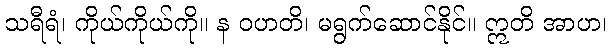
သရီရံ၊ ကိုယ်ကိုယ်ကို။ န ဝဟတိ၊ မရွက်ဆောင်နိုင်။ ဣတိ အာဟ၊